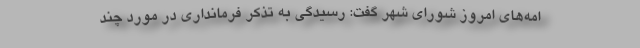
امه‌های امروز شورای شهر گفت: رسیدگی به تذکر فرمانداری در مورد چند